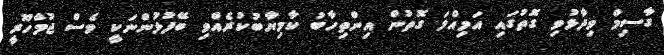
ގާސިމް ވިދާޅުވި ގޮތުގައި އަމިއްލަ ގޮތުން އިންތިހާބު ކާމިޔާބުކުރެއްވި ބޭފުޅުންނަކީ ވެސް ޖުމްހޫރީ